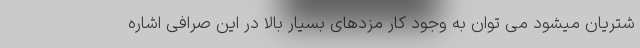
شتریان میشود می توان به وجود کار مزدهای بسیار بالا در این صرافی اشاره